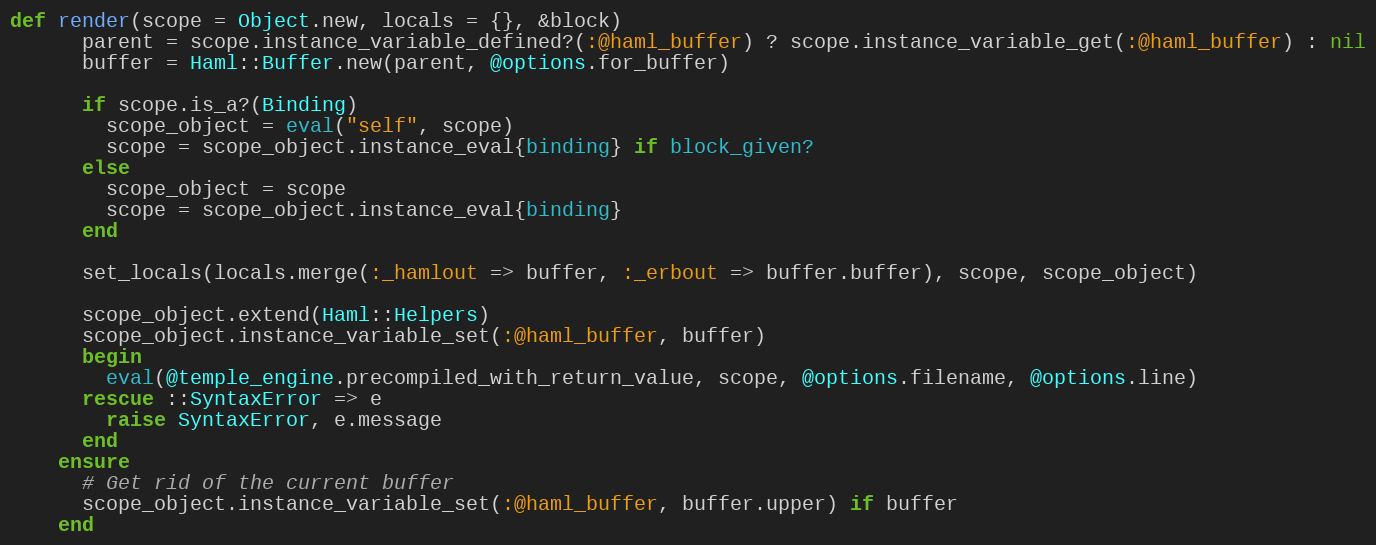
Language: Ruby
def render(scope = Object.new, locals = {}, &block)
      parent = scope.instance_variable_defined?(:@haml_buffer) ? scope.instance_variable_get(:@haml_buffer) : nil
      buffer = Haml::Buffer.new(parent, @options.for_buffer)

      if scope.is_a?(Binding)
        scope_object = eval("self", scope)
        scope = scope_object.instance_eval{binding} if block_given?
      else
        scope_object = scope
        scope = scope_object.instance_eval{binding}
      end

      set_locals(locals.merge(:_hamlout => buffer, :_erbout => buffer.buffer), scope, scope_object)

      scope_object.extend(Haml::Helpers)
      scope_object.instance_variable_set(:@haml_buffer, buffer)
      begin
        eval(@temple_engine.precompiled_with_return_value, scope, @options.filename, @options.line)
      rescue ::SyntaxError => e
        raise SyntaxError, e.message
      end
    ensure
      # Get rid of the current buffer
      scope_object.instance_variable_set(:@haml_buffer, buffer.upper) if buffer
    end